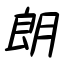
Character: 朗